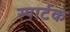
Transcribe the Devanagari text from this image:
स्पार्टक